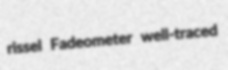
rissel Fadeometer well-traced